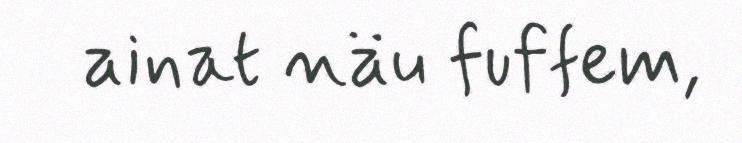
ainat näu fuffem,